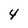
Character: 4